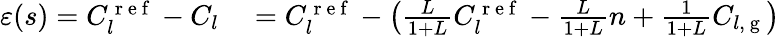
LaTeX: \begin{array}{rl}{\varepsilon(s)=C_{l}^{\mathrm{~r~e~f~}}-C_{l}}&{{}=C_{l}^{\mathrm{~r~e~f~}}-\left(\frac{L}{1+L}C_{l}^{\mathrm{~r~e~f~}}-\frac{L}{1+L}n+\frac{1}{1+L}C_{l,\mathrm{~g~}}\right)}\end{array}